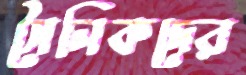
সৈনিকদের